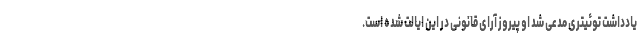
یادداشت توئیتری مدعی شد او پیروز آرای قانونی در این ایالت شده است.